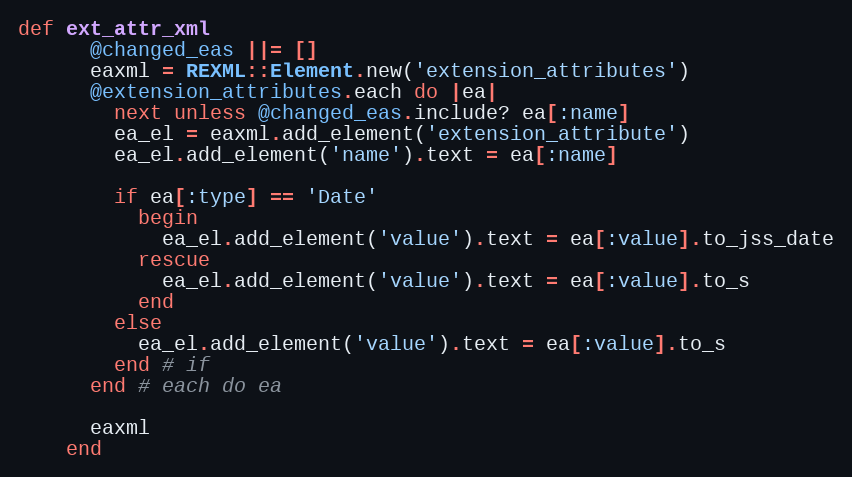
Language: Ruby
def ext_attr_xml
      @changed_eas ||= []
      eaxml = REXML::Element.new('extension_attributes')
      @extension_attributes.each do |ea|
        next unless @changed_eas.include? ea[:name]
        ea_el = eaxml.add_element('extension_attribute')
        ea_el.add_element('name').text = ea[:name]

        if ea[:type] == 'Date'
          begin
            ea_el.add_element('value').text = ea[:value].to_jss_date
          rescue
            ea_el.add_element('value').text = ea[:value].to_s
          end
        else
          ea_el.add_element('value').text = ea[:value].to_s
        end # if
      end # each do ea

      eaxml
    end